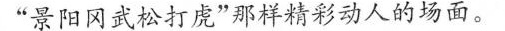
”景阳冈武松打烧”那样精彩动人的场面。